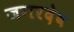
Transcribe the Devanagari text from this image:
जगरदेव